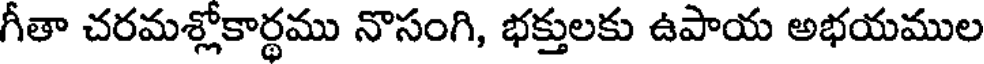
గీతా చరమశ్లోకార్థము నొసంగి, భక్తులకు ఉపాయ అభయముల